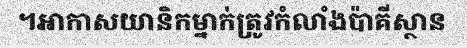
។អាកាសយានិកម្នាក់ត្រូវកំលាំងប៉ាគីស្ថាន